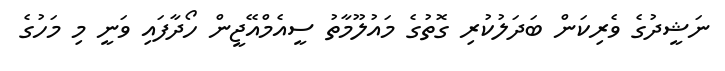
ނަޝީދުގެ ވެރިކަން ބަދަލުކުރި ގޮތުގެ މައުލޫމާތު ސީއެމްއޭޖީން ހޯދާފައި ވަނީ މި މަހުގެ